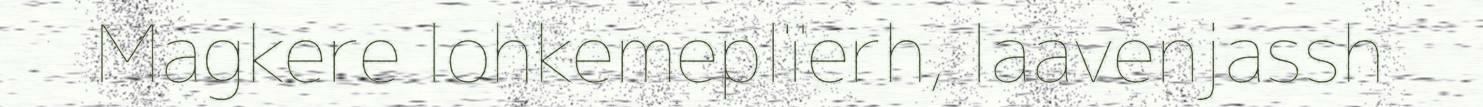
Magkere lohkemeplïerh, laavenjassh